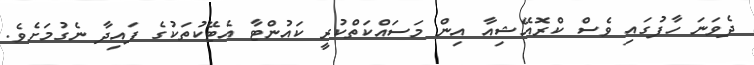
ދެވަނަ ހާފުގައި ވެސް ކްރޮއޭޝިއާ އިން މަސައްކަތްކުރީ ކައުންޓާ އެޓޭކުތަކުގެ ފައިދާ ނެގުމަށެވެ.